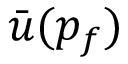
{ \bar { u } } ( p _ { f } )